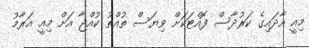
މިއީ އާދައިގެ ކަރުދާސް ފޮއްޓަކަށް ވިޔަސް ތުއްތު ކުއްޖާ އަށް މިއީ އަރާމު